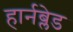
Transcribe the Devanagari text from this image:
हार्नब्लेड